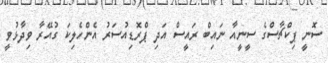
ސޮނީ ޕިކްޗާސްގެ ސީނީއާ ނައިބް ރައީސް އަދި ޕްރޮޑިއުސަރު އެންހެލިކަ ގުއޭރާ ވިދާޅުވީ